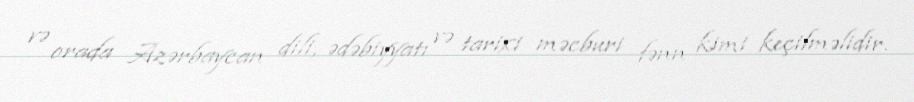
və orada Azərbaycan dili, ədəbiyyatı və tarixi məcburi fənn kimi keçilməlidir.